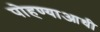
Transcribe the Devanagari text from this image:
पोहण्याआधी